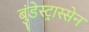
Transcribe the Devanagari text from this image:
बुंडेस्ट्रास्सेन